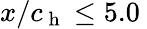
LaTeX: x/c_{\mathrm{~h~}}\leq 5.0\